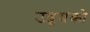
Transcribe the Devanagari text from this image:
उड्डयको